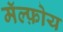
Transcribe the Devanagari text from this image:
मॅल्फ़ोय